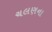
ચલણના